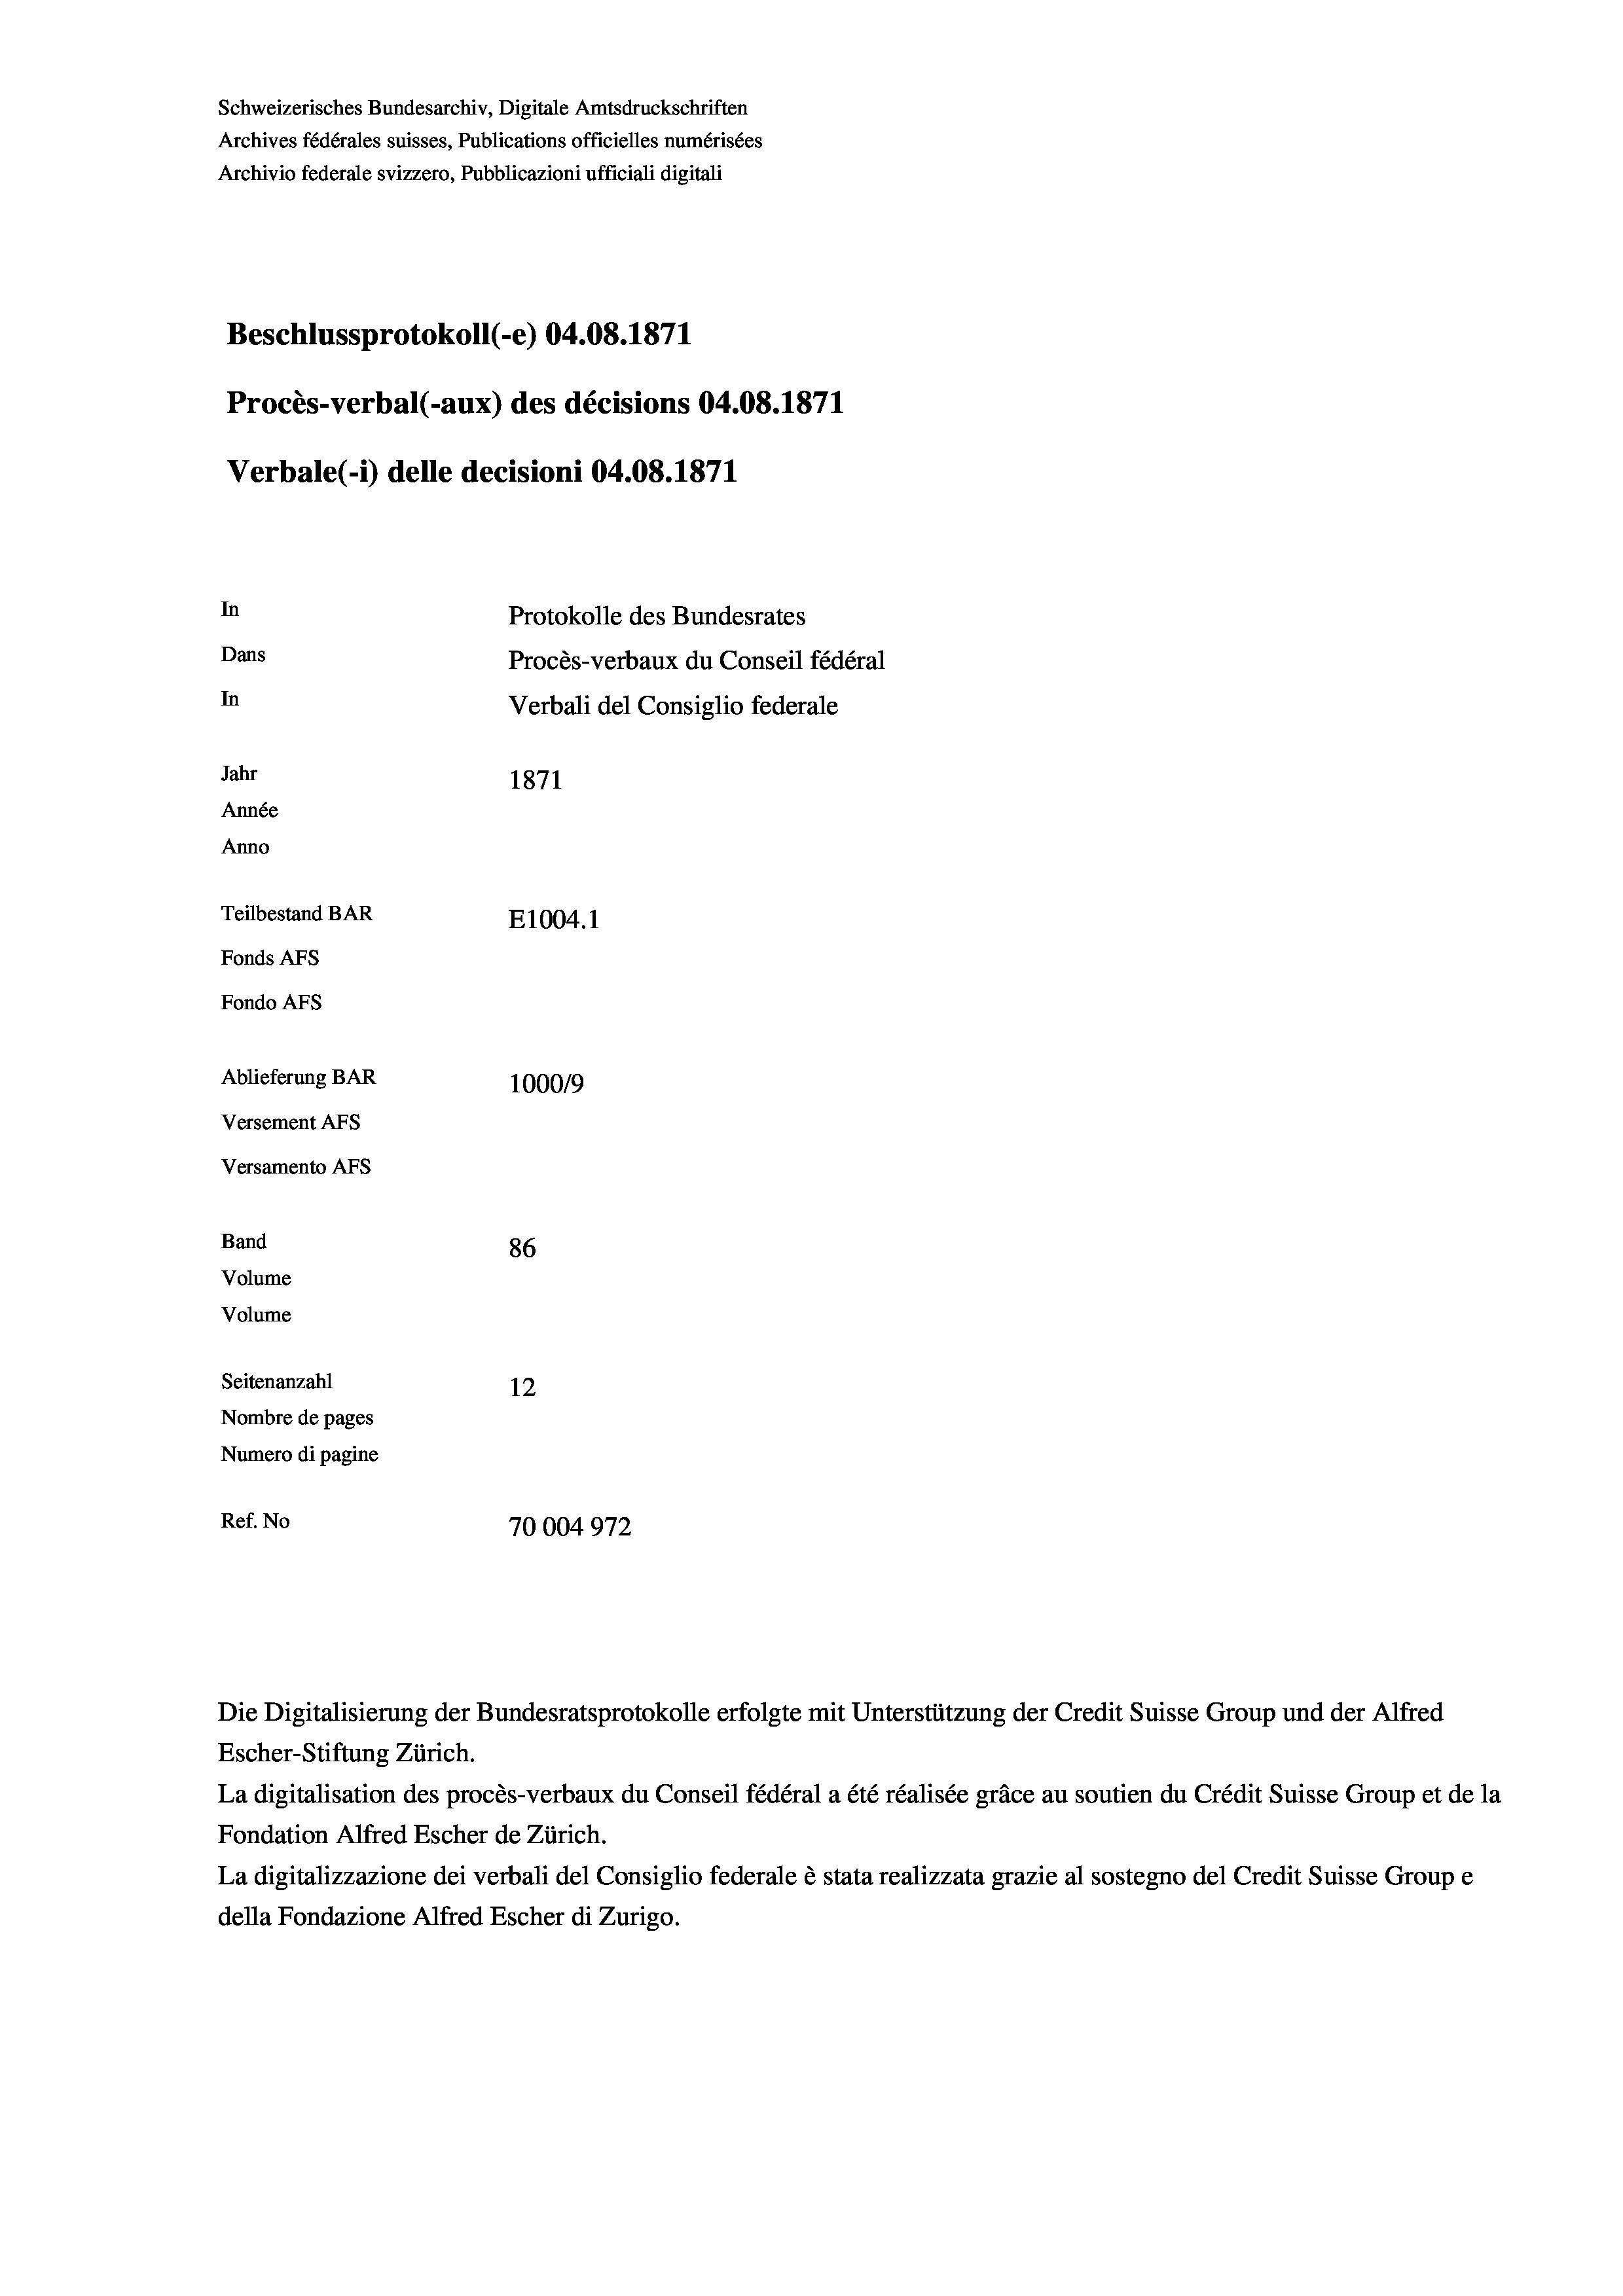
Schweizerisches Bundesarchiv, Digitale Amtsdruckschriften
Archives fédérales suisses, Publications officielles numérisées
Archivio federale svizzero, Pubblicazioni ufficiali digitali
Beschlussprotokoll (-e) 04.08. 1871
Procès-verbal (-aux) des décisions 04.08. 1871
Verbale (- 1) delle decisioni 04.08. 1871
In
Protokolle des Bundesrates
Dans
Procès-verbaux du Conseil fédéral
In
Verbali del Consiglio federale
Jahr
1871
Année
Anno
Teilbestand BAR
E1004. 1
Fonds Afs
Fondo AFS
Ablieferung BAR
100019
Versement Abs
Versamento Afs
Band
86
Volume
Volume
Seitenanzahl
12
Nombre de pages
Numero di pagine
Ref. No
70004972

Die Digitalisierung der Bundesratsprotokolle erfolgte mit Unterstützung der Credit Suisse Group und der Alfred
Escher-Stiftung Zürich.
La digitalisation des procès-verbaux du Conseil fédéral a été réalisée gräce au soutien du Crédit Suisse Group et de la
Fondation Alfred Escher de Zürich.
La digitalizzazione dei verbali del Consiglio federale è stata realizzata grazie al sostegno del Credit Suisse Groupe
della Fondazione Alfred Escher di Zurigo.